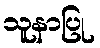
သူနာပြု